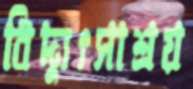
বিদ্যুৎসাশ্রয়